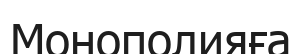
Монополияға